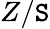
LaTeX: Z/\mathtt{S}